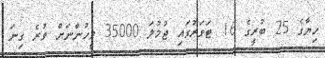
ހިޔާގެ 25 ބުރީގެ 16 ޓަވަރުގައި ޖުމުލަ 35000 މީހުންނަށް ވުރެ ގިނަ